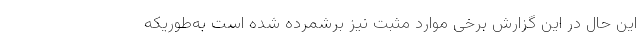
این حال در این گزارش برخی موارد مثبت نیز برشمرده شده است به‌طوریکه